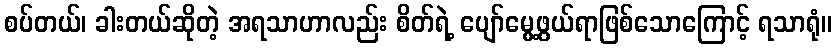
စပ်တယ်၊ ခါးတယ်ဆိုတဲ့ အရသာဟာလည်း စိတ်ရဲ့ ပျော်မွေ့ဖွယ်ရာဖြစ်သောကြောင့် ရသာရုံ။